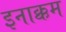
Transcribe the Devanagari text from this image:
इनाक्कम